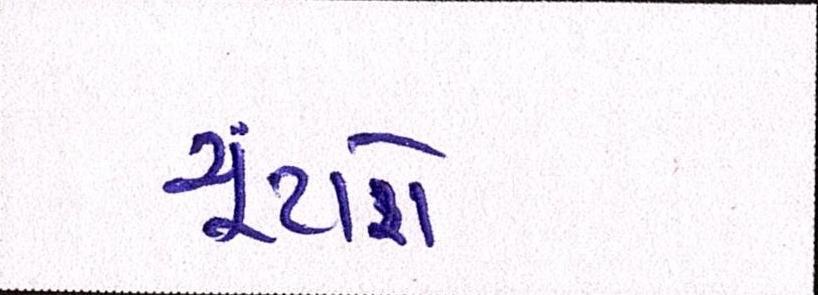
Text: ચૂંટાશે